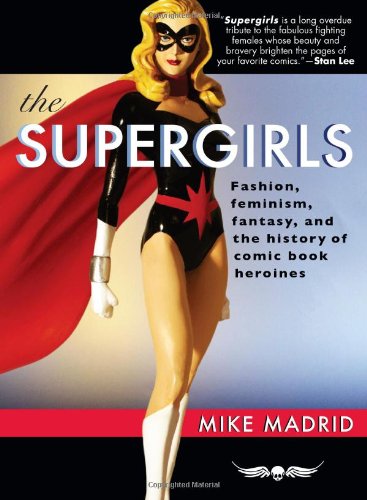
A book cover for The Supergirls: Fashion, Feminism, Fantasy, and the History of Comic Book Heroines; Mike Madrid; Comics & Graphic Novels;